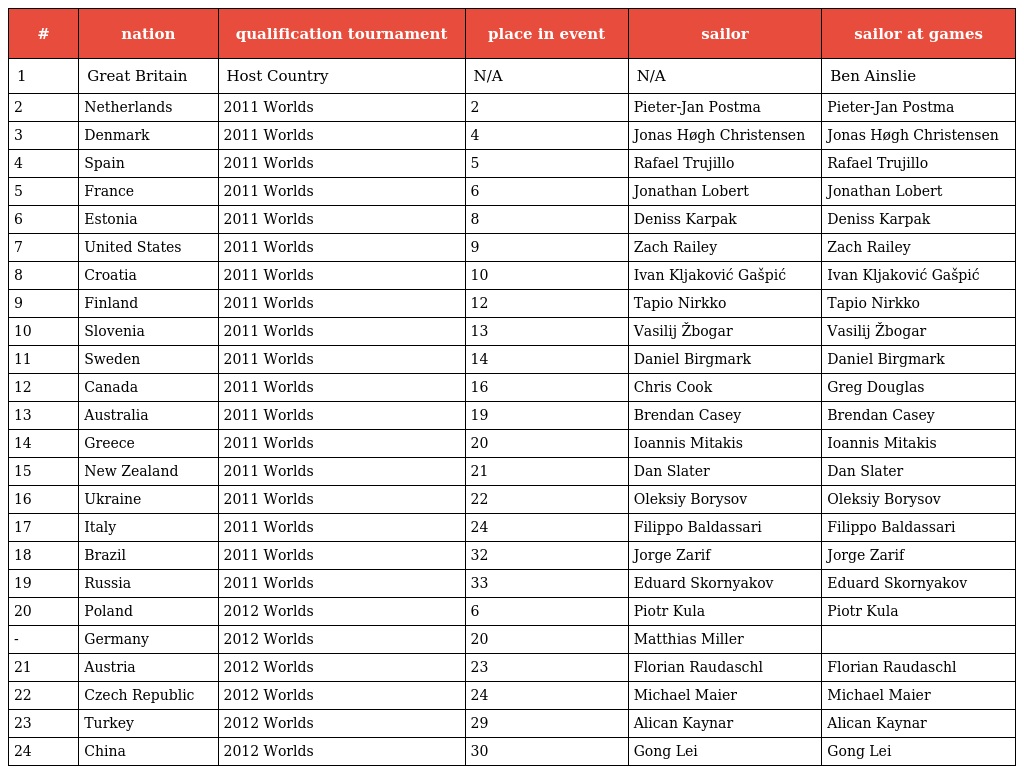
| # | nation | qualification tournament | place in event | sailor | sailor at games |
 | --- | --- | --- | --- | --- | --- |
 | 1 | Great Britain | Host Country | N/A | N/A | Ben Ainslie |
 | 2 | Netherlands | 2011 Worlds | 2 | Pieter-Jan Postma | Pieter-Jan Postma |
 | 3 | Denmark | 2011 Worlds | 4 | Jonas Høgh Christensen | Jonas Høgh Christensen |
 | 4 | Spain | 2011 Worlds | 5 | Rafael Trujillo | Rafael Trujillo |
 | 5 | France | 2011 Worlds | 6 | Jonathan Lobert | Jonathan Lobert |
 | 6 | Estonia | 2011 Worlds | 8 | Deniss Karpak | Deniss Karpak |
 | 7 | United States | 2011 Worlds | 9 | Zach Railey | Zach Railey |
 | 8 | Croatia | 2011 Worlds | 10 | Ivan Kljaković Gašpić | Ivan Kljaković Gašpić |
 | 9 | Finland | 2011 Worlds | 12 | Tapio Nirkko | Tapio Nirkko |
 | 10 | Slovenia | 2011 Worlds | 13 | Vasilij Žbogar | Vasilij Žbogar |
 | 11 | Sweden | 2011 Worlds | 14 | Daniel Birgmark | Daniel Birgmark |
 | 12 | Canada | 2011 Worlds | 16 | Chris Cook | Greg Douglas |
 | 13 | Australia | 2011 Worlds | 19 | Brendan Casey | Brendan Casey |
 | 14 | Greece | 2011 Worlds | 20 | Ioannis Mitakis | Ioannis Mitakis |
 | 15 | New Zealand | 2011 Worlds | 21 | Dan Slater | Dan Slater |
 | 16 | Ukraine | 2011 Worlds | 22 | Oleksiy Borysov | Oleksiy Borysov |
 | 17 | Italy | 2011 Worlds | 24 | Filippo Baldassari | Filippo Baldassari |
 | 18 | Brazil | 2011 Worlds | 32 | Jorge Zarif | Jorge Zarif |
 | 19 | Russia | 2011 Worlds | 33 | Eduard Skornyakov | Eduard Skornyakov |
 | 20 | Poland | 2012 Worlds | 6 | Piotr Kula | Piotr Kula |
 | - | Germany | 2012 Worlds | 20 | Matthias Miller |  |
 | 21 | Austria | 2012 Worlds | 23 | Florian Raudaschl | Florian Raudaschl |
 | 22 | Czech Republic | 2012 Worlds | 24 | Michael Maier | Michael Maier |
 | 23 | Turkey | 2012 Worlds | 29 | Alican Kaynar | Alican Kaynar |
 | 24 | China | 2012 Worlds | 30 | Gong Lei | Gong Lei |